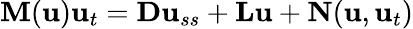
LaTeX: \mathbf{M}(\mathbf{u})\mathbf{u}_{t}=\mathbf{D}\mathbf{u}_{ss}+\mathbf{L}\mathbf{u}+\mathbf{N}(\mathbf{u},\mathbf{u}_{t})